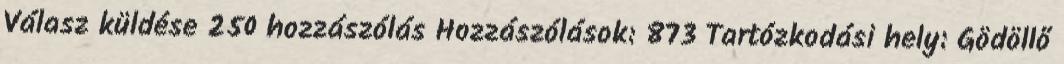
Válasz küldése 250 hozzászólás Hozzászólások: 873 Tartózkodási hely: Gödöllő